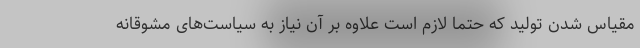
مقیاس شدن تولید که حتما لازم است علاوه بر آن نیاز به سیاست‌های مشوقانه